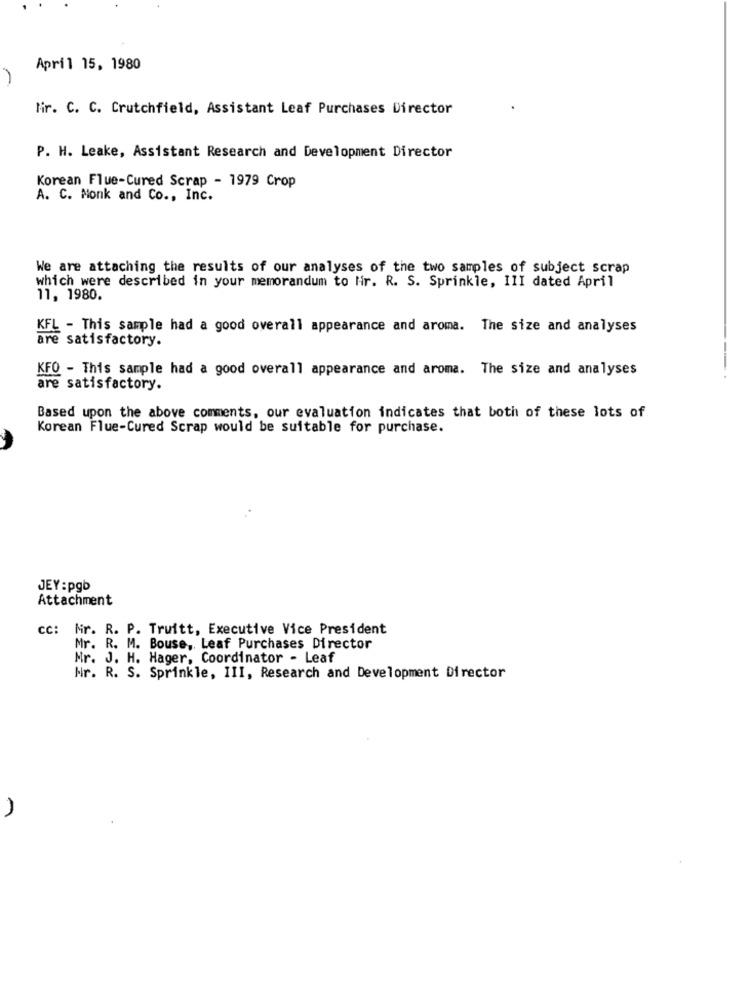
April 15, 1980
fir. C. C. Crutchfield, Assistant Leaf Purchases Director
P. H. Leake, Assistant Research and Development Director
Korean Flue-Cured Scrap - 1979 Crop
A. C. Monk and Co ., Inc.
We are attaching the results of our analyses of the two samples of subject scrap
which were described in your memorandum to Hir. R. S. Sprinkle, III dated April
11, 1980.
KFL - This sample had a good overall appearance and aroma. The size and analyses
are satisfactory.
KFO - This sample had a good overall appearance and aroma. The size and analyses
are satisfactory.
Based upon the above comments, our evaluation indicates that both of these lots of
Korean Flue-Cured Scrap would be suitable for purchase.
JEY :pgb
Attachment
cc: Mr. R. P. Truitt, Executive Vice President
Mr. R. M. Bouse, Leaf Purchases Director
Mr. J. H. Hager, Coordinator - Leaf
Nr. R. S. Sprinkle, III, Research and Development Director
1